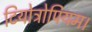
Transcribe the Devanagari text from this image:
टियोट्रोपियम।